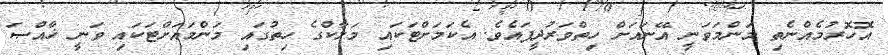
އޮހޮރުމެއްނެތި މަންމަވަނީ އޭނައަށް ހިތްވަރުދީފައެވެ. އެކަމަށްޓަކައި މަލާކްގެ ހިތުގައި މަންމައަށްޓަކައި ވަނީ ޚާއްޞަ